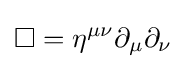
\square =\eta ^{\mu \nu }\partial _{\mu }\partial _{\nu }